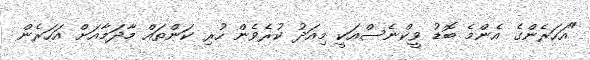
"އަހަރެންގެ އެންމެ ބޮޑު ވީކްނެސްއަކީ މިއަދު ކުރެވެން ހުރި ކަންތައް މާދަމާއަށް އަހަރެން